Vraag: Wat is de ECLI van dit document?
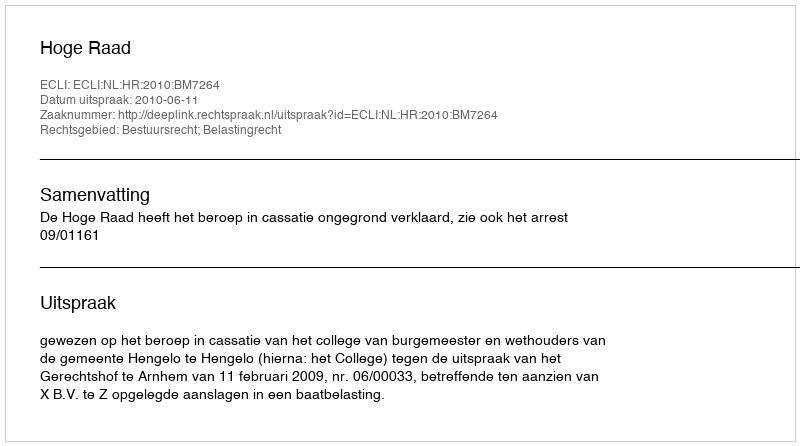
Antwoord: ECLI:NL:HR:2010:BM7264